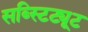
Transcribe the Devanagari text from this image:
सब्स्टिट्यूट